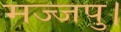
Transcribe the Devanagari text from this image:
मज्जपु।